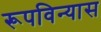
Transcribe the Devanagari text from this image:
रूपविन्यास